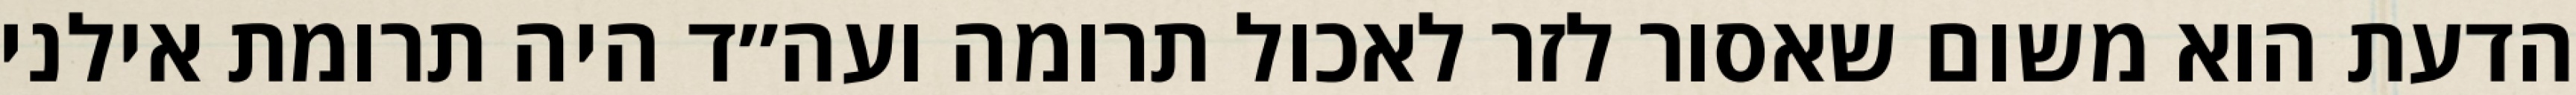
הדעת הוא משום שאסור לזר לאכול תרומה ועה״ד היה תרומת אילני